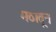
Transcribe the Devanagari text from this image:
मठातून